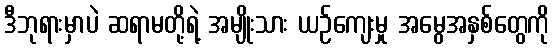
ဒီဘုရားမှာပဲ ဆရာမတို့ရဲ့ အမျိုးသား ယဉ်ကျေးမှု အမွေအနှစ်တွေကို